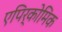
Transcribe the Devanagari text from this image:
एपिर्कोमिक